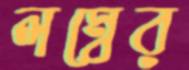
লম্বের